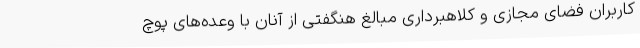
کاربران فضای مجازی و کلاهبرداری مبالغ هنگفتی از آنان با وعده‌های پوچ